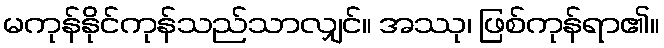
မကုန်နိုင်ကုန်သည်သာလျှင်။ အဿု၊ ဖြစ်ကုန်ရာ၏။